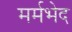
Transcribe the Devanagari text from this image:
मर्मभेद